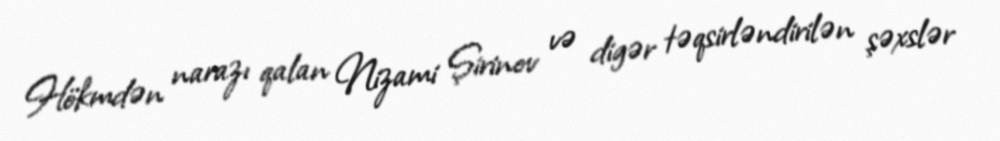
Hökmdən narazı qalan Nizami Şirinov və digər təqsirləndirilən şəxslər